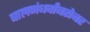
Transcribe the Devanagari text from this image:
बालगंधर्वांबरोबर